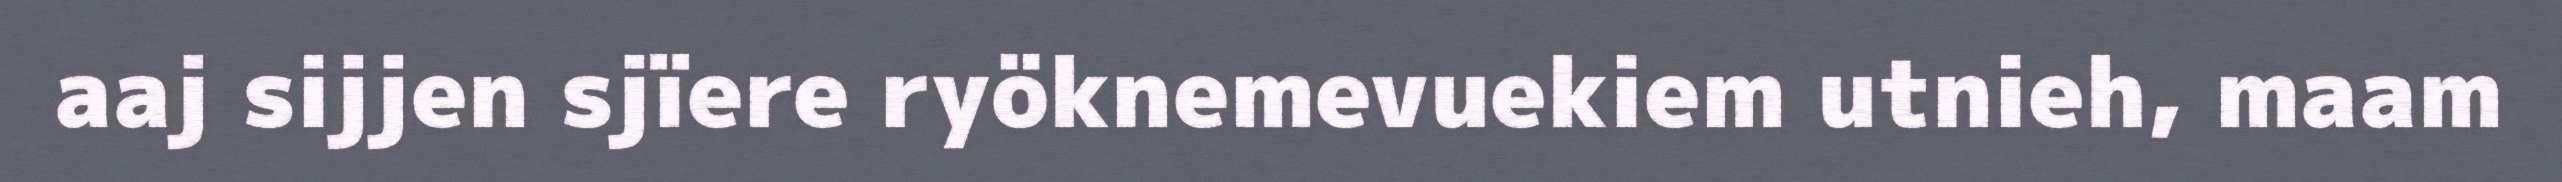
aaj sijjen sjïere ryöknemevuekiem utnieh, maam